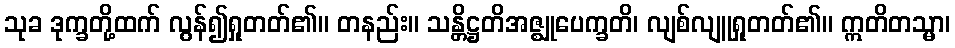
သုခ ဒုက္ခတို့ထက် လွန်၍ရှုတတ်၏။ တနည်း။ သန္တိဋ္ဌတိအဇ္ဈုပေက္ခတိ၊ လျစ်လျူရှုတတ်၏။ ဣတိတသ္မာ၊